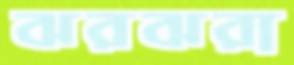
ঝরঝরা